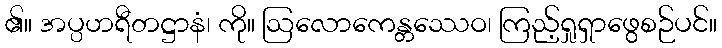
၏။ အပ္ပဟရီတဋ္ဌာနံ၊ ကို။ ဩလောကေန္တဿေဝ၊ ကြည့်ရှုရှာဖွေစဉ်ပင်။